Senior Leaving Certificate Examination (including Day School Certificate (Higher) General paper), 1949
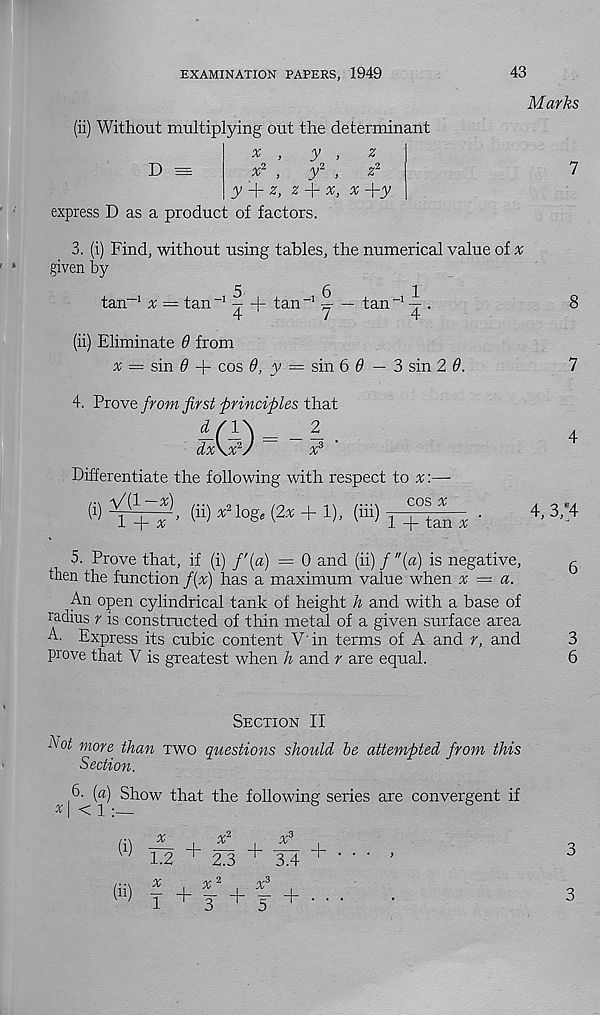
EXAMINATION PAPERS, 1949
43
(ii) Without multiplying out the determinant
D =
,
y" ,
r
y'+z, z + x, x+y
express D as a product of factors.
^ ,
y ,
z
w.2
, ,2
~2
Marks
7
3. (i) Find, without using tables, the numerical value of a;
given by
tan -1 % = tan -1 ^ + tan -1 % — tan -1 \ .
8
4
7
4
(ii) Eliminate d from
= sin 0 -f cos 9, y = sin 6 9 — 3 sin 29.
7
4. Prove from first principles that
i/jA _ _ 2 _
4
dx\x 2 /
x 3
Differentiate the following with respect to x:—■
(i)
* ai0 & < 2 * + 1 >' ( ffi ) Drub •
+ ' 3 -' 4
5. Prove that, if (i) f'(a) = 0 and (ii) /"(«) is negative,
g
then the function/(x) has a maximum value when x — a.
^An open cylindrical tank of height h and with a base of
radius r is constructed of thin metal of a given surface area
A. Express its cubic content Y in terms of A and r, and
3
prove that V is greatest when h and r are equal.
6
Section II
hot more than two questions should he attempted from this
Section.
6- [a) Show that the following series are convergent if
I ^ 1 :—
%
L2
% 2
v 3
2)3 + 3(4 +
(ii > f + T + J + ■ ■
3